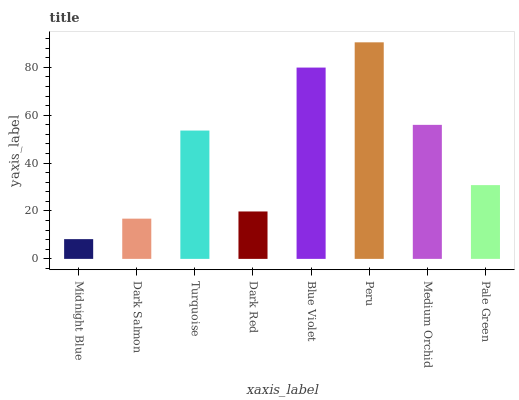
| xaxis_label | bars |
 | --- | --- |
 | Midnight Blue | 8.25 |
 | Dark Salmon | 16.8 |
 | Turquoise | 53.6 |
 | Dark Red | 19.8 |
 | Blue Violet | 79.9 |
 | Peru | 90.4 |
 | Medium Orchid | 56 |
 | Pale Green | 30.8 |